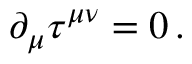
\partial _ { \mu } \tau ^ { \mu \nu } = 0 \, .